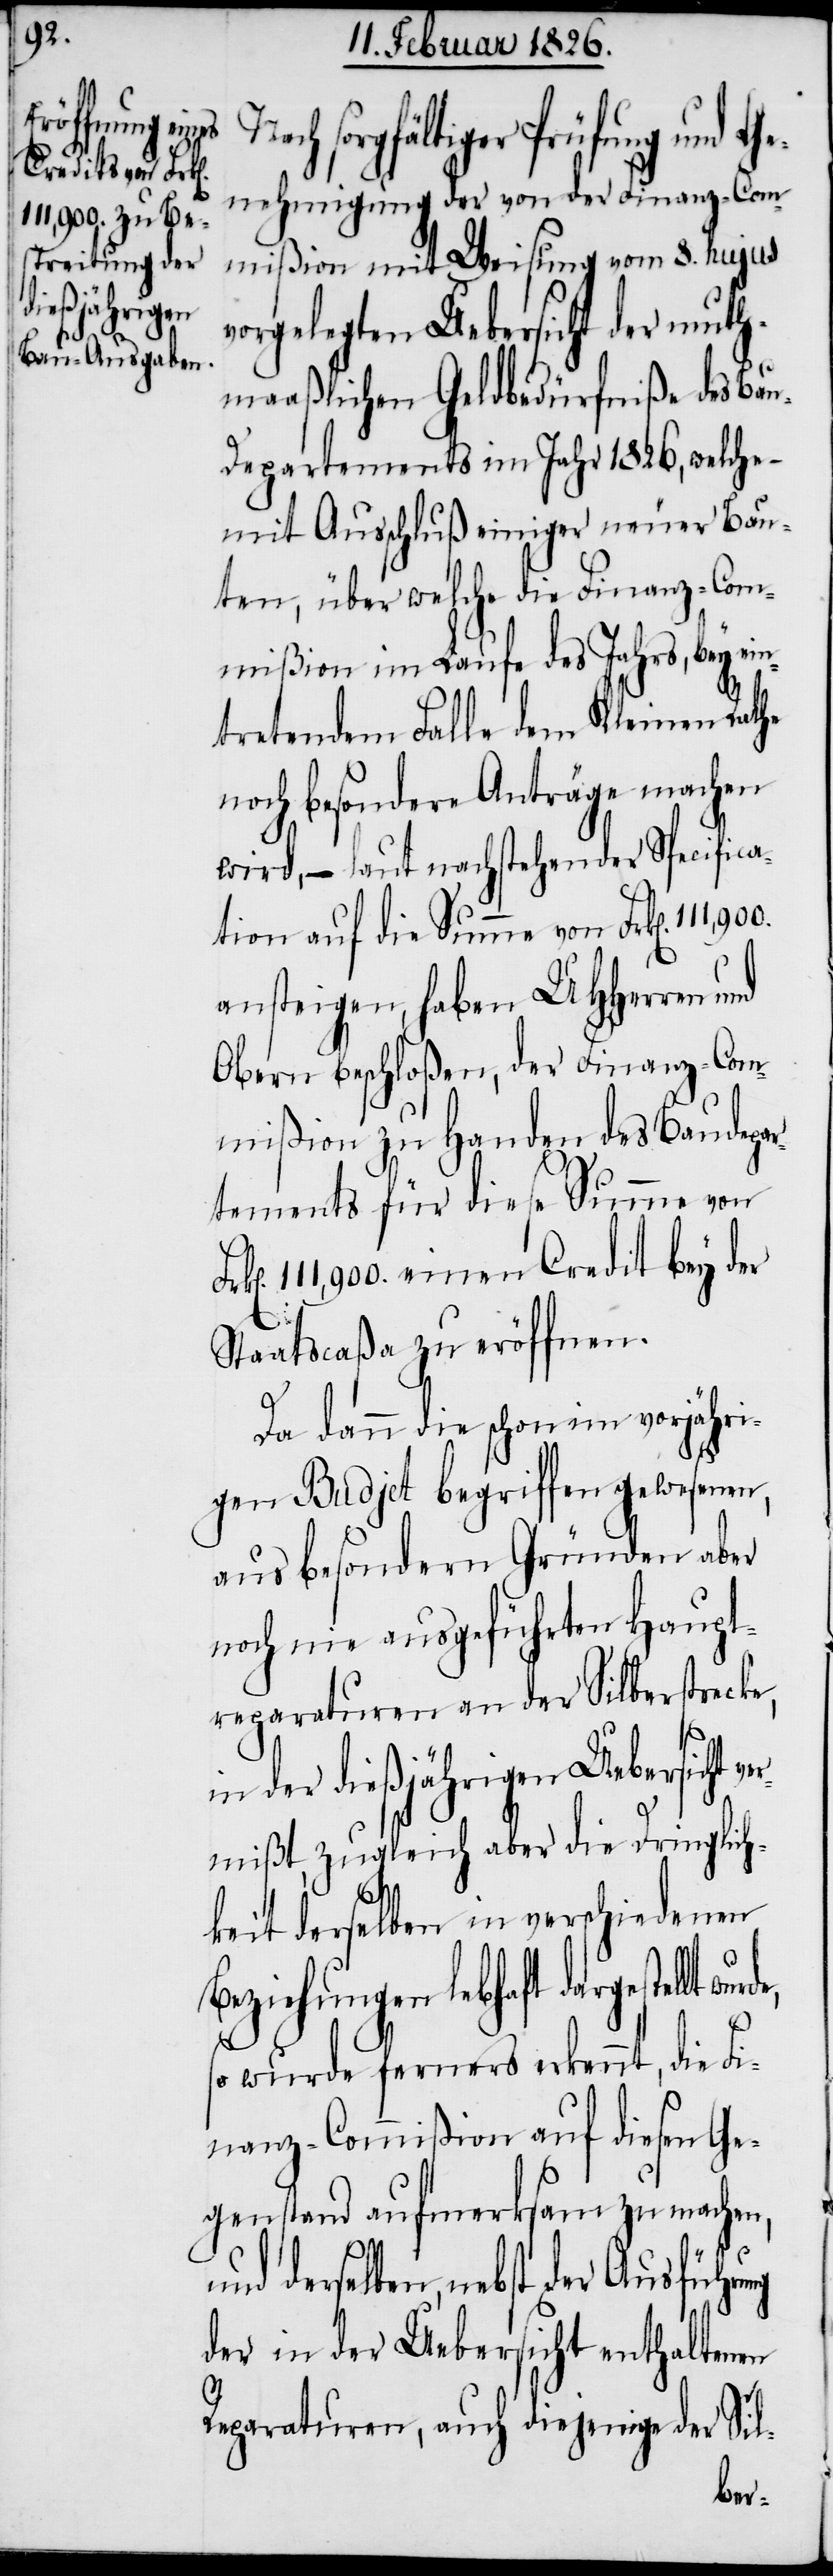
sorgfältiger Prüfung und G¬
enehmigung der von der Finanz-Com¬
mißion mit Weisung vom 8. hujus
vorgelegten Uebersicht der muth¬
maaßlichen Geldbedürfniße des Ba¬
u-Departements im Jahr 1826, welche
mit Ausschluß einiger neuer Bau¬
ten, über welche die Finanz-Com¬
mißion im Laufe des Jahres, bey ein¬
tretendem Falle dem Kleinen Rathe
noch besondere Anträge machen
wird, – laut nachstehender Specifica¬
tion auf die Summe von Frk[en].
ansteigen, haben UHHerren und
Obern beschloßen, der Finanz-Com¬
mißion zu Handen des Baudepa¬
rtements für diese Summe von
111,900. einen Credit bey der
Staatscaßa zu eröffnen.
Da dann die schon im vorjähri¬
gen Budjet begriffen gewesenen,
aus besondern Gründen aber
noch nie ausgeführten Haupt¬
reparaturen an der Silberstrecke,
in der dießjährigen Uebersicht
mißt, zugleich aber die Dringlich¬
keit derselben in verschiedenen
Beziehungen lebhaft dargestellt
so wurde ferners erkennt, die Fi¬
nanz-Commißion auf diesen Ge¬
genstand aufmerksam zu machen,
und derselben, nebst der Ausführung
der in der Uebersicht enthaltenen
Reparaturen, auch diejenige der Sil-
ver¬